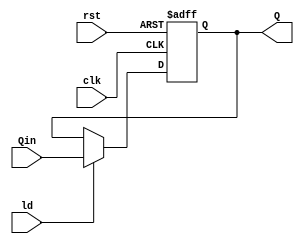
module register#(parameter N=8)(input clk,ld,rst,input [N-1:0]Qin,output [N-1:0]Q);
	reg [N-1:0]q1;
	always@(posedge clk,posedge rst)begin
		if(rst)q1<=0;
		else 
			if(ld)q1<=Qin;

	end
	assign Q=q1;
endmodule